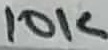
Text: 10K